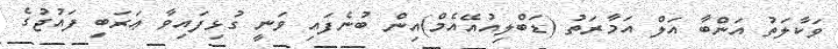
ވަކާލަތު އަންބާ އަލް އަމާރަތު (ޑަބްލިއުއޭއެމް)އިން ބުނެފައި ވަނީ ގުޅިފައިވާ ޢަރަބި ފައުޖުގެ